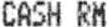
CASH RM